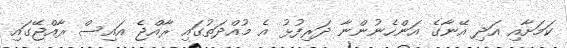
ކަމަށާއި އަދި އޭނާގެ އަންހެނުންނާ ދަރިފުޅު އެ މުއްދަތުގައި ރާއްޖެ އައިސް ރާއްޖޭގައި